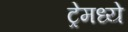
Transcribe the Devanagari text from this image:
ट्रेमध्ये